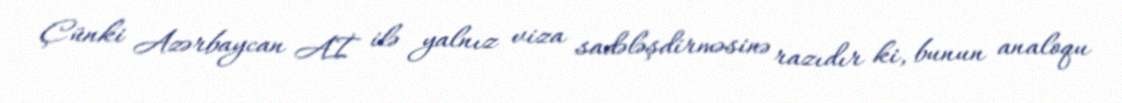
Çünki Azərbaycan Aİ ilə yalnız viza sadələşdirməsinə razıdır ki, bunun analoqu